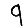
Digit: 9